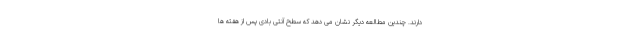
دارند. چندین مطالعه دیگر نشان می دهد که سطح آنتی بادی پس از هفته ها